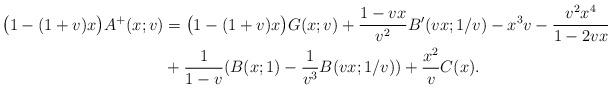
LaTeX: \begin{align*}\big(1-(1+v)x\big)A^+(x;v)&=\big(1-(1+v)x\big)G(x;v)+\frac{1-vx}{v^2}B'(vx;1/v)-x^3v-\frac{v^2x^4}{1-2vx}\\&+\frac{1}{1-v}(B(x;1)-\frac{1}{v^3}B(vx;1/v))+\frac{x^2}{v}C(x).\end{align*}